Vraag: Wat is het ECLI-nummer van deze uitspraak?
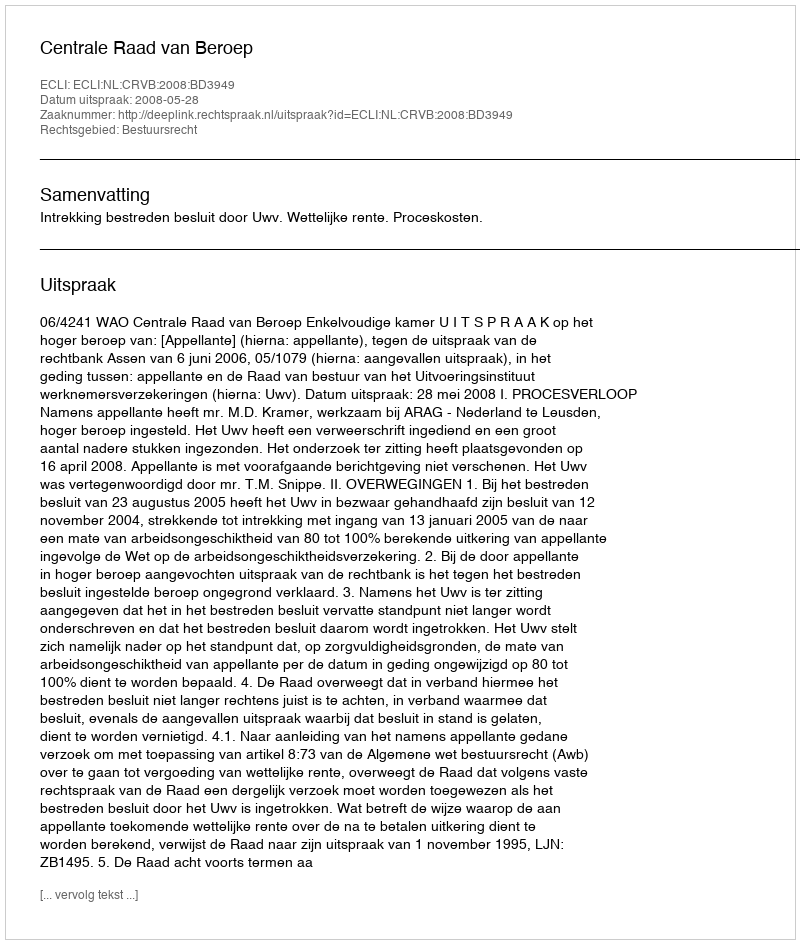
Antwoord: ECLI:NL:CRVB:2008:BD3949